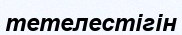
тетелестігін